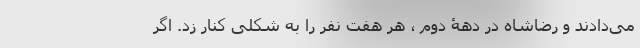
می‌دادند و رضاشاه در دهۀ دوم ، هر هفت نفر را به شکلی کنار زد. اگر